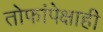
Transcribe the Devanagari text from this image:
तोफांपेक्षाही